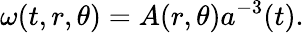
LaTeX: \omega(t,r,\theta)=A(r,\theta)a^{-3}(t).